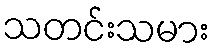
သတင်းသမား